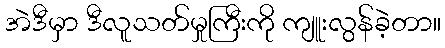
အဲဒီမှာ ဒီလူသတ်မှုကြီးကို ကျူးလွန်ခဲ့တာ။